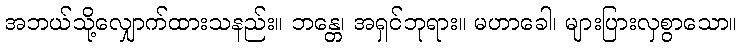
အဘယ်သို့လျှောက်ထားသနည်း။ ဘန္တေ၊ အရှင်ဘုရား။ မဟာခေါ၊ များပြားလှစွာသော။